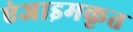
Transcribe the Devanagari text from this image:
एंजाइमकृत